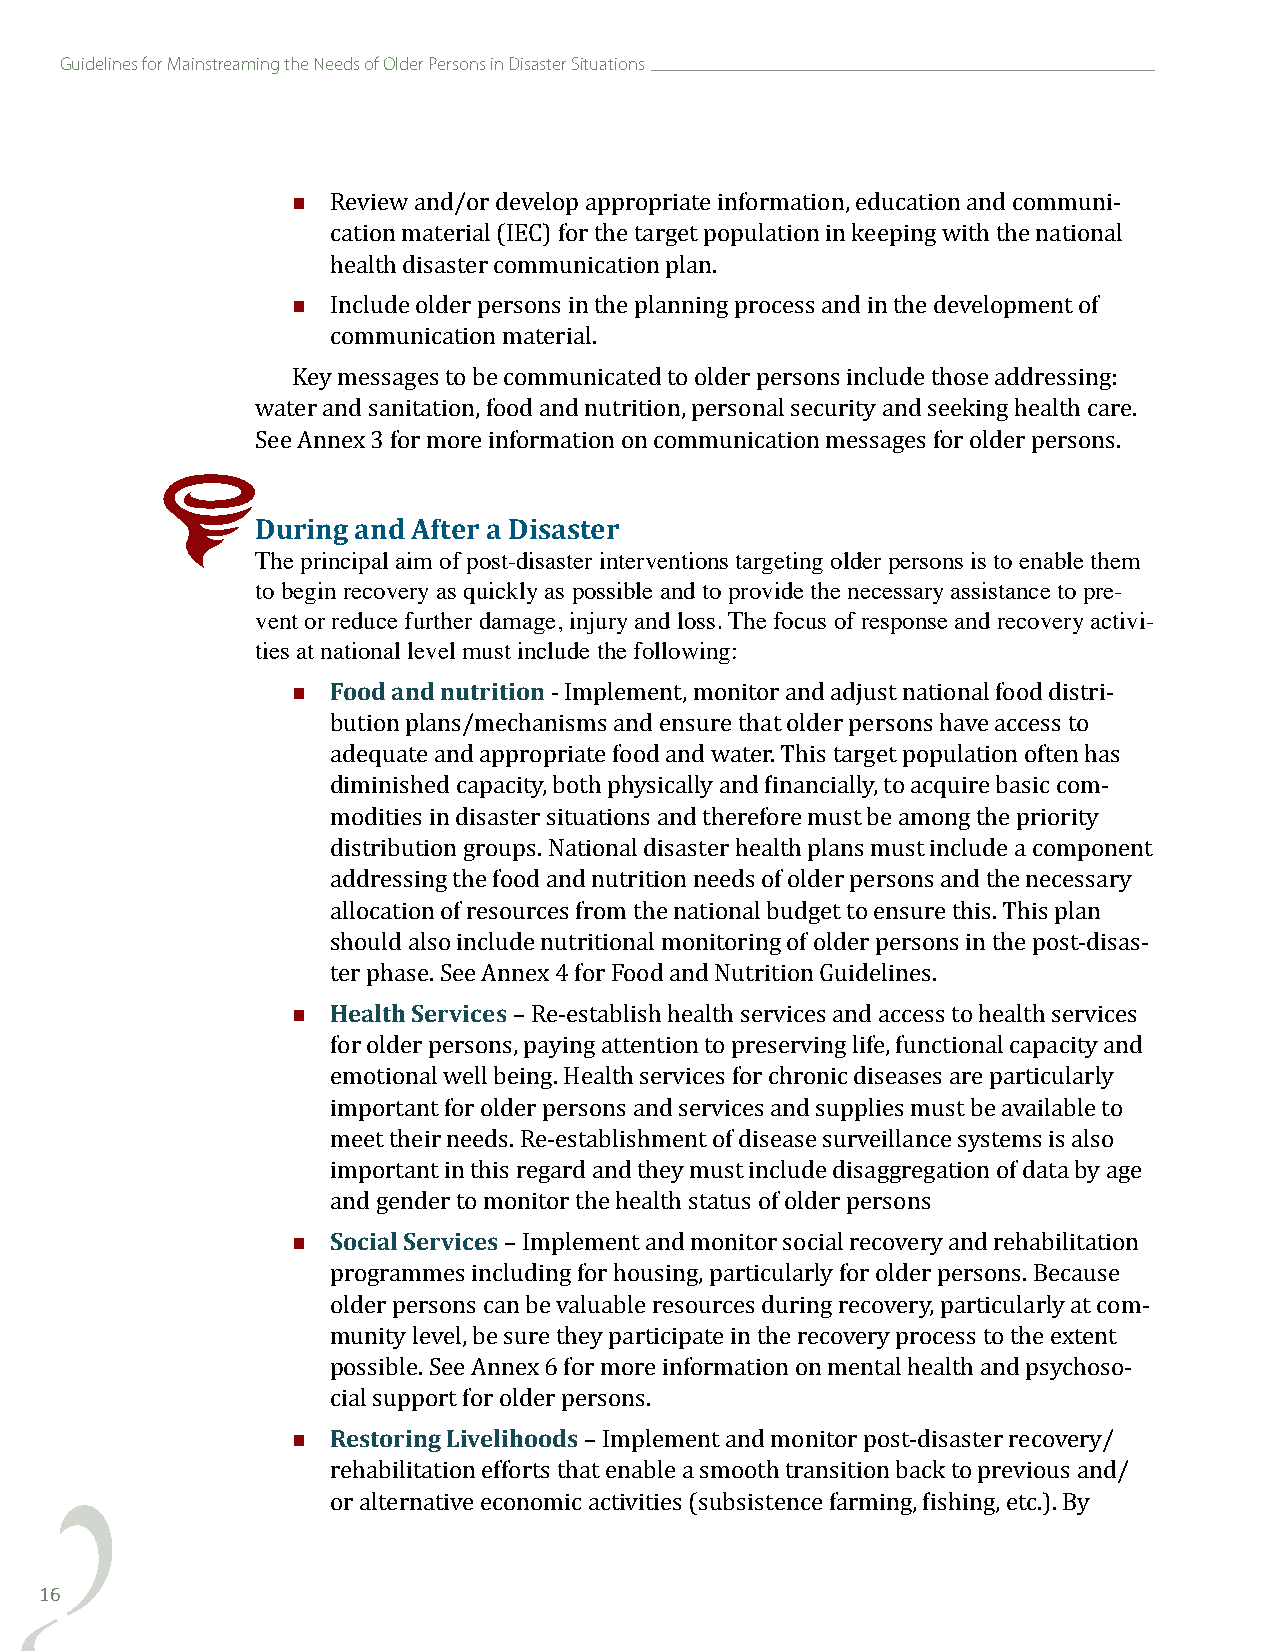
Guidelines for Mainstreaming the Needs of Older Persons in Disaster Situations
 
 Review and/or develop appropriate information, education and communi-
 cation material (IEC) for the target population in keeping with the national
 
 health disaster communication plan.
 Include older persons in the planning process and in the development of
 communication material.
 Key messages to be communicated to older persons include those addressing:
 water and sanitation, food and nutrition, personal security and seeking health care.
 See Annex 3 for more information on communication messages for older persons.
 During and After a Disaster
 The principal aim of post-disaster interventions targeting older persons is to enable them
 to begin recovery as quickly as possible and to provide the necessary assistance to pre-
 vent or reduce further damage, injury and loss. The focus of response and recovery activi-
 ties at national level must include the following:
   Food and nutrition
 - Implement, monitor and adjust national food distri-
 bution plans/mechanisms and ensure that older persons have access to
 adequate and appropriate food and water. This target population often has
 diminished capacity, both physically and financially, to acquire basic com-
 modities in disaster situations and therefore must be among the priority
 distribution groups. National disaster health plans must include a component
 addressing the food and nutrition needs of older persons and the necessary
 allocation of resources from the national budget to ensure this. This plan
 should also include nutritional monitoring of older persons in the post-disas-
   Health Services
 ter phase. See Annex 4 for Food and Nutrition Guidelines.
 – Re-establish health services and access to health services
 for older persons, paying attention to preserving life, functional capacity and
 emotional well being. Health services for chronic diseases are particularly
 important for older persons and services and supplies must be available to
 meet their needs. Re-establishment of disease surveillance systems is also
 important in this regard and they must include disaggregation of data by age
   Social Services
 and gender to monitor the health status of older persons
 – Implement and monitor social recovery and rehabilitation
 programmes including for housing, particularly for older persons. Because
 older persons can be valuable resources during recovery, particularly at com-
 munity level, be sure they participate in the recovery process to the extent
 possible. See Annex 6 for more information on mental health and psychoso-
   Restoring Livelihoods
 cial support for older persons.
 – Implement and monitor post-disaster recovery/
 rehabilitation efforts that enable a smooth transition back to previous and/
 or alternative economic activities (subsistence farming, fishing, etc.). By
 16